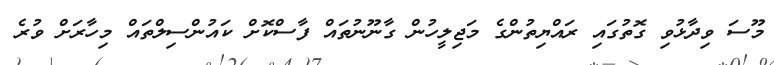
މޫސަ ވިދާޅުވި ގޮތުގައި ރައްޔިތުންގެ މަޖިލީހުން ގާނޫނުތައް ފާސްކޮށް ކައުންސިލްތައް މިހާރަށް ވުރެ